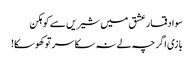
سواد قمار عشق میں شیریں سے کوہکن
بازی اگر چہ لے نہ سکا سر تو کھوسکا!